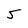
Character: 5